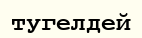
тугелдей